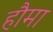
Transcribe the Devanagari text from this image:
हौमा